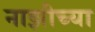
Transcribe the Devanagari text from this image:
नाझीच्या